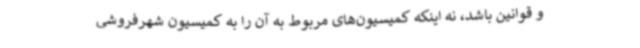
و قوانین باشد، نه اینکه کمیسیون‌های مربوط به آن را به کمیسیون شهرفروشی